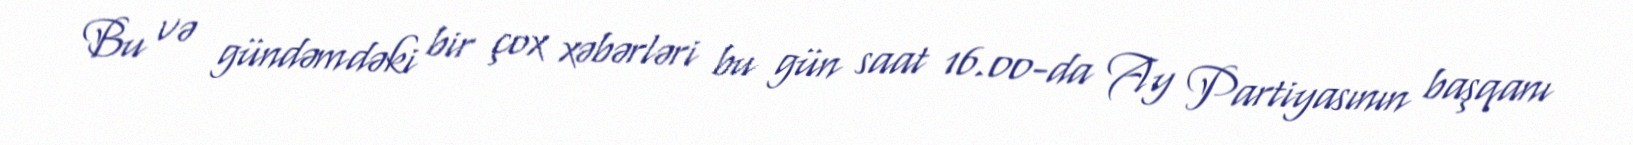
Bu və gündəmdəki bir çox xəbərləri bu gün saat 16.00-da Ay Partiyasının başqanı